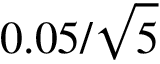
0 . 0 5 / \sqrt { 5 }